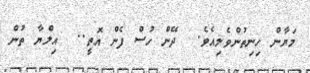
މަޔާން ހިނިތުންވެލިއެވެ.  ދޭން ހުސް ފެން އޮތީ..  އިލްޔާ ތުން